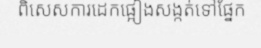
ពិសេសការដេកផ្អៀងសង្កត់ទៅផ្នែក